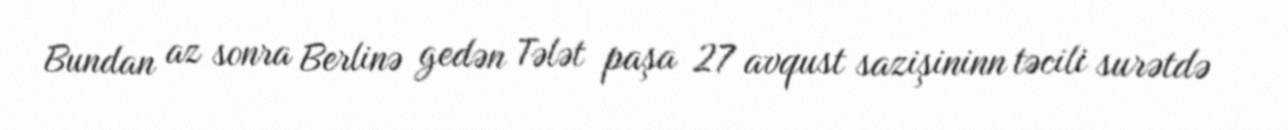
Bundan az sonra Berlinə gedən Tələt paşa 27 avqust sazişininn təcili surətdə